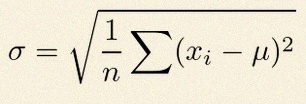
\sigma=\sqrt{\frac1n\sum(x_i-\mu)^2}